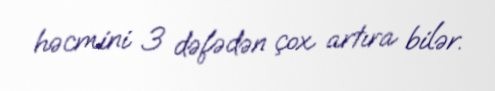
həcmini 3 dəfədən çox artıra bilər.